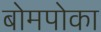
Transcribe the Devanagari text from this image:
बोमपोका